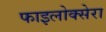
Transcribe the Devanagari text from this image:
फाइलोक्सेरा